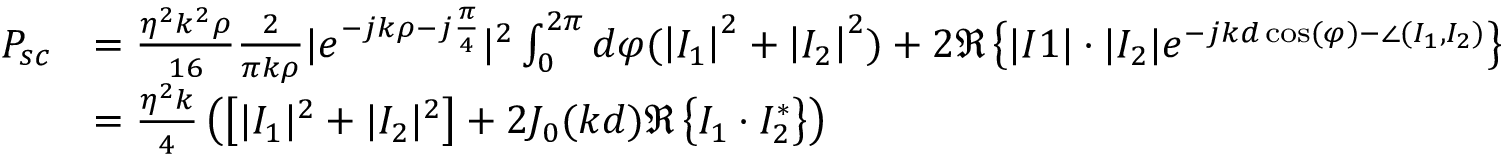
\begin{array} { r l } { P _ { s c } } & { = \frac { \eta ^ { 2 } k ^ { 2 } \rho } { 1 6 } \frac { 2 } { \pi k \rho } | e ^ { - j k \rho - j \frac { \pi } { 4 } } | ^ { 2 } \int _ { 0 } ^ { 2 \pi } d \varphi ( \left| I _ { 1 } \right| ^ { 2 } + \left| I _ { 2 } \right| ^ { 2 } ) + 2 \Re \left\{ | I 1 | \cdot | I _ { 2 } | e ^ { - j k d \cos ( \varphi ) - \angle ( I _ { 1 } , I _ { 2 } ) } \right\} } \\ & { = \frac { \eta ^ { 2 } k } { 4 } \left( \left[ | I _ { 1 } | ^ { 2 } + | I _ { 2 } | ^ { 2 } \right] + 2 J _ { 0 } ( k d ) \Re \left\{ I _ { 1 } \cdot I _ { 2 } ^ { * } \right\} \right) } \end{array}